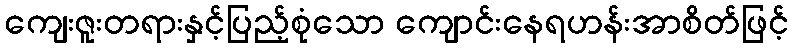
ကျေးဇူးတရားနှင့်ပြည့်စုံသော ကျောင်းနေရဟန်းအာစိတ်ဖြင့်